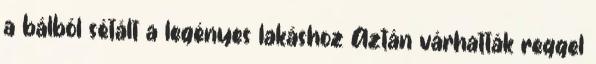
a bálból sétált a legényes lakáshoz Aztán várhatták reggel